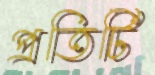
প্রতিটি